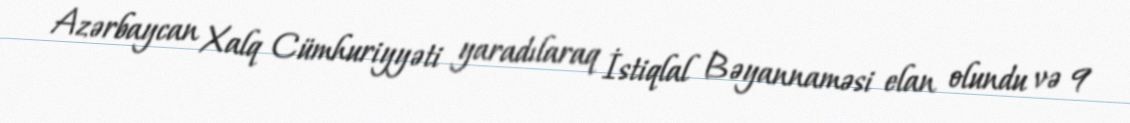
Azərbaycan Xalq Cümhuriyyəti yaradılaraq İstiqlal Bəyannaməsi elan olundu və 9